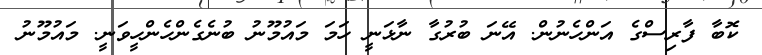
ކޮބާ ފާރިސްގެ އަންހެނުން. އޭނަ ބުރުގާ ނާޅަނީ ހަަމަ މައުމޫނު ބުނެގެންހެންހީވަނީ. މައުމޫނު